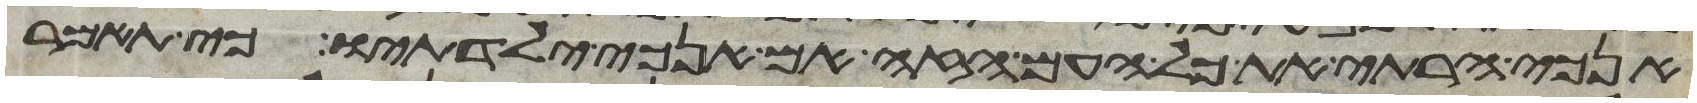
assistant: האנכי הרתי את כל העם הזה אם אנכי ילדתיו כי תאמר